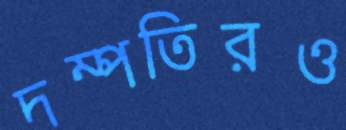
দম্পতিরও